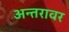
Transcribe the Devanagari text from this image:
अन्तरावर